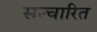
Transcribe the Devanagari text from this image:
सन्चारित